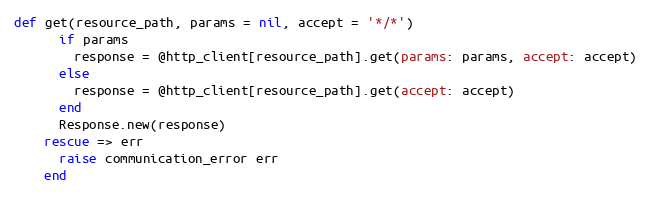
Language: Ruby
def get(resource_path, params = nil, accept = '*/*')
      if params
        response = @http_client[resource_path].get(params: params, accept: accept)
      else
        response = @http_client[resource_path].get(accept: accept)
      end
      Response.new(response)
    rescue => err
      raise communication_error err
    end